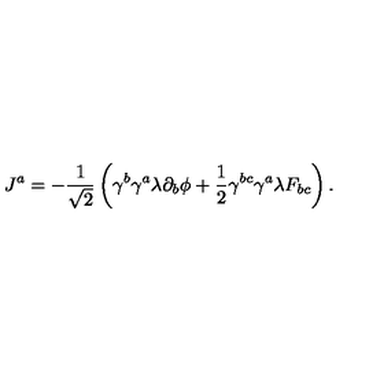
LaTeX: J ^ { a } = - \frac { 1 } { \sqrt { 2 } } \left( \gamma ^ { b } \gamma ^ { a } \lambda \partial _ { b } \phi + \frac { 1 } { 2 } \gamma ^ { b c } \gamma ^ { a } \lambda F _ { b c } \right) .